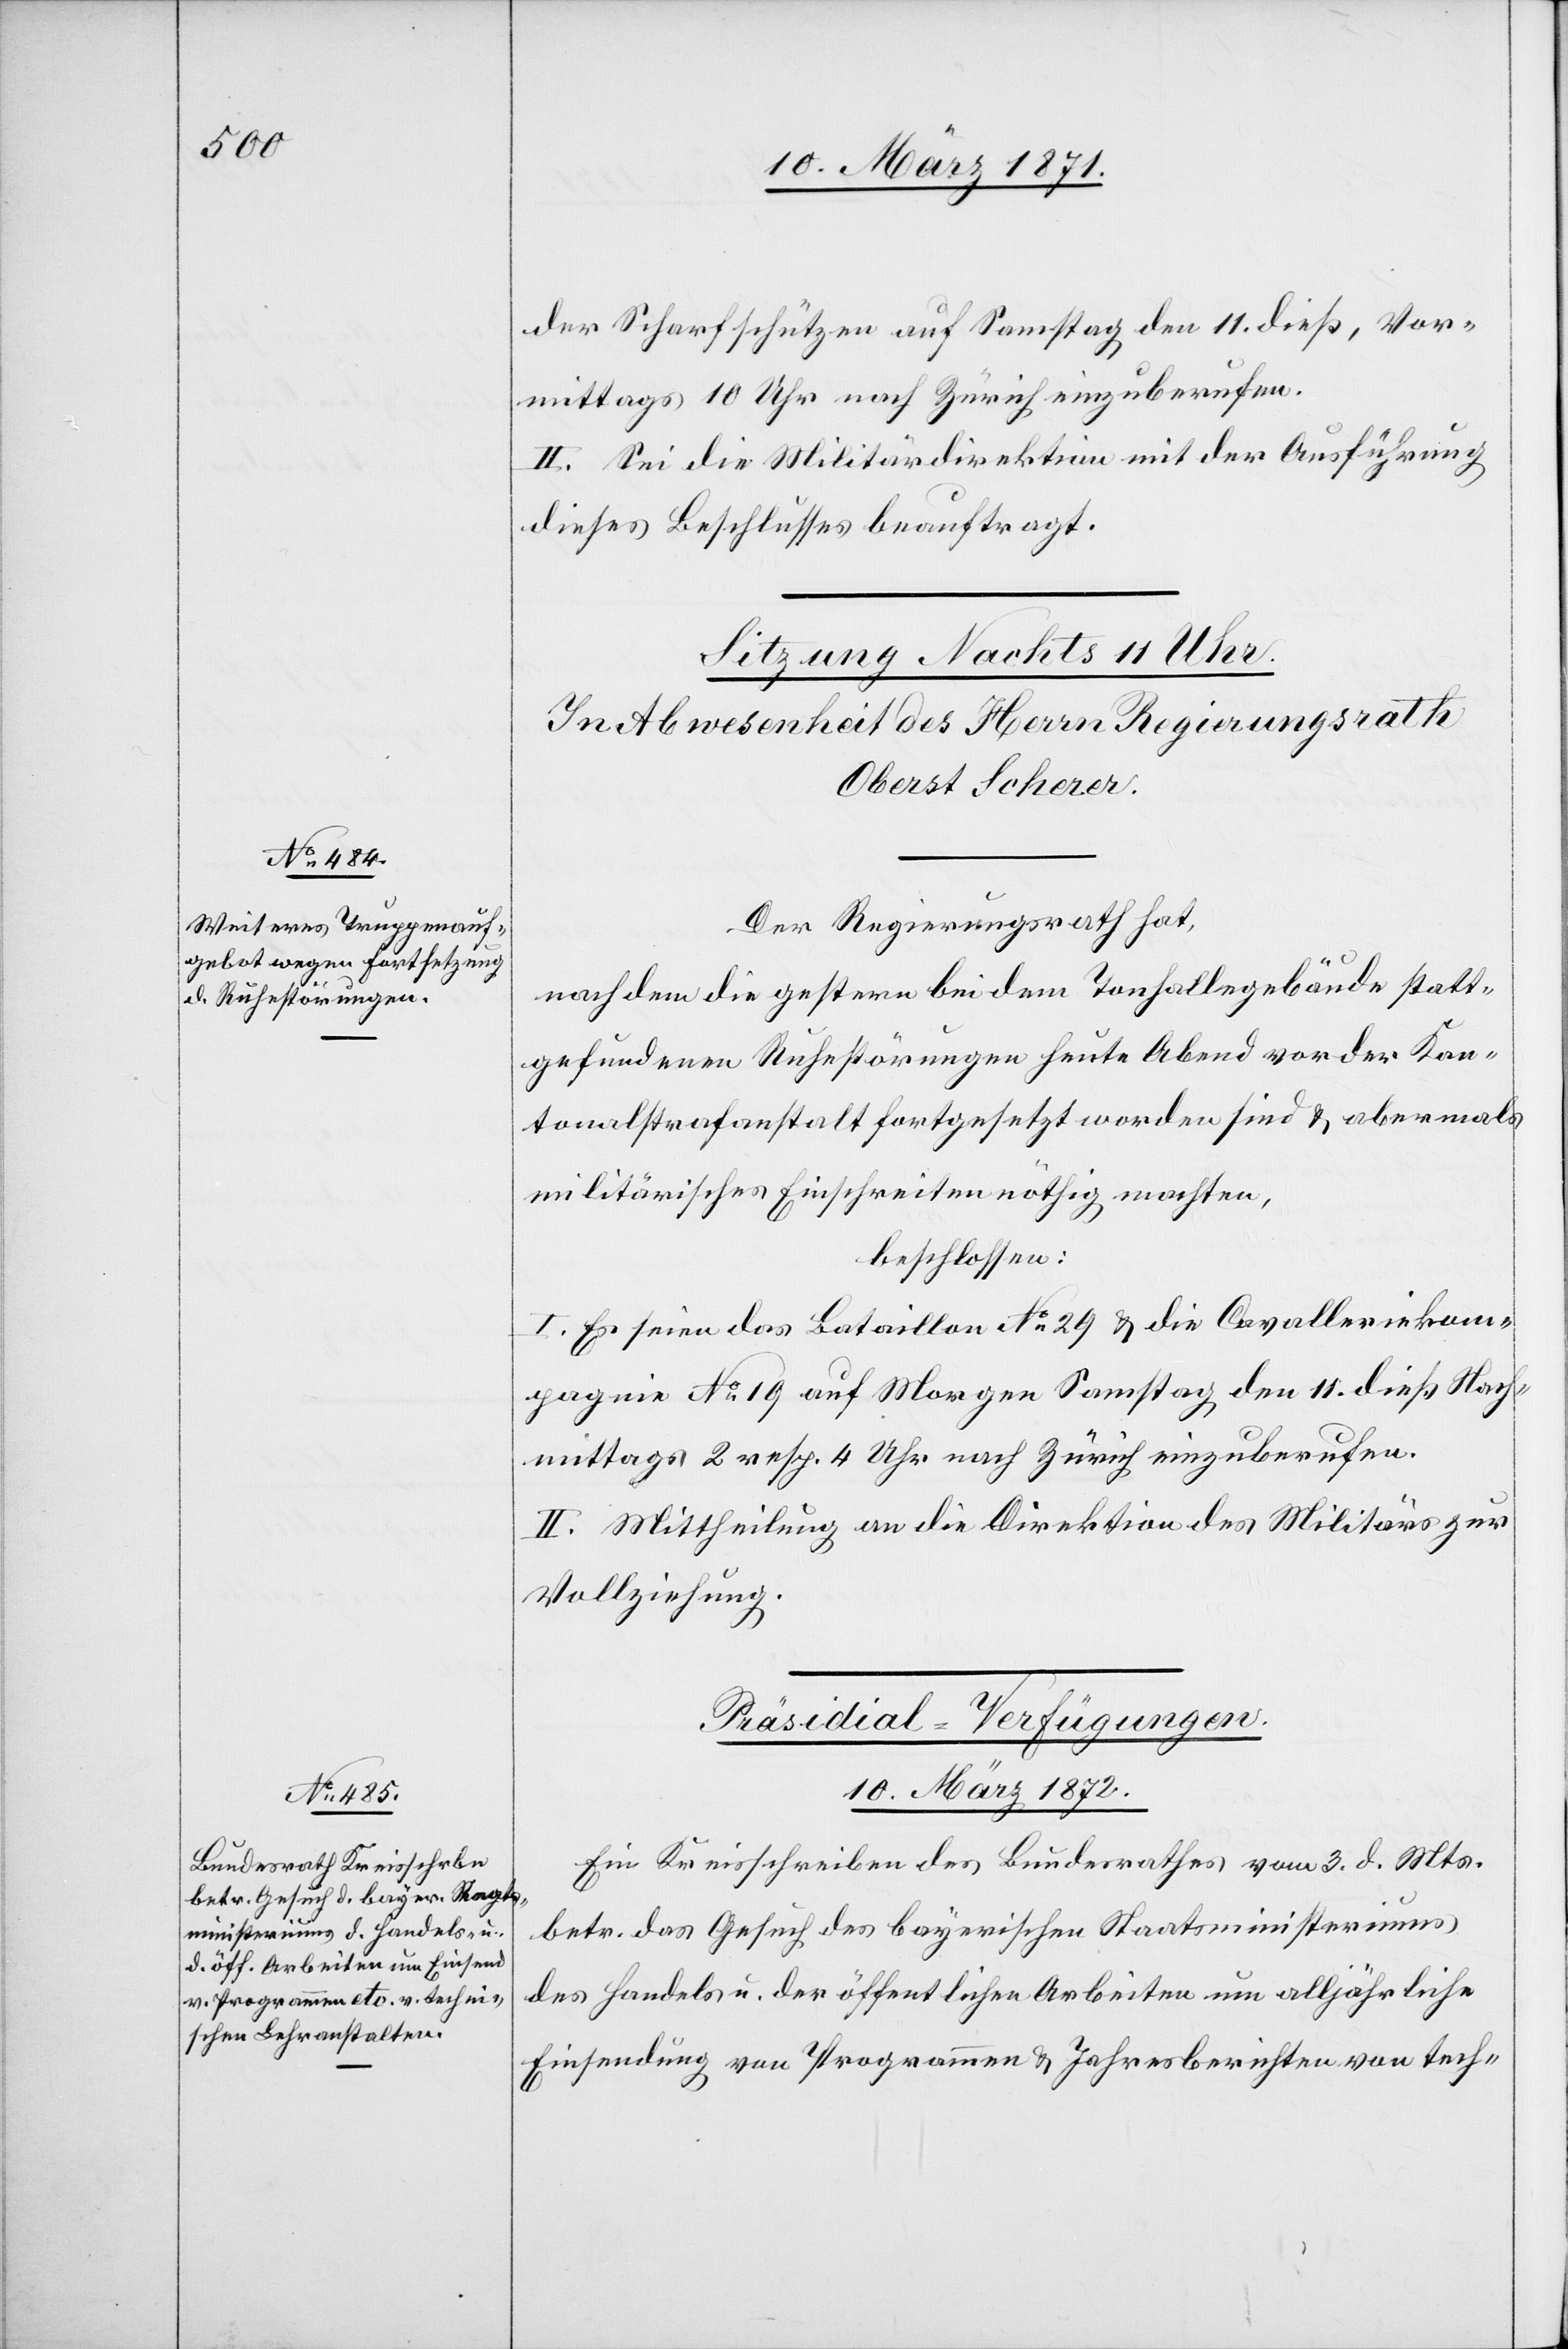
der Scharfschützen auf Samstag den 11. dieß, Vor¬
mittags 10 Uhr nach Zürich einzuberufen.
II. Sei die Militärdirektion mit der Ausführung
dieses Beschlusses beauftragt.
Der Regierungsrath hat,
nach dem die gestern bei dem Tonhallengebäude statt¬
gefundenen Ruhestörungen heute Abend vor der Kan¬
tonalstrafanstalt fortgesetzt worden sind u. abermals
militärisches Einschreiten nöthig machten,
beschlossen:
I. Es seien das Bataillon No. 29 u. die Cavalleriekom¬
pagnie No. 19 auf Morgen Samstag den 11. dieß Nach¬
mittags 2 resp. 4 Uhr nach Zürich einzuberufen.
II. Mittheilung an die Direktion des Militärs zur
Vollziehung.
Präsidial-Verfügungen
10. März 1871.
Ein Kreisschreiben des Bundesrathes vom 3. d. Mts.
betr. das Gesuch des bayerischen Staatsministeriums
des Handels- u. der öffentlichen Arbeiten um alljährliche
Einsendung von Programmen u. Jahresberichten von tech-